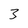
Character: 3